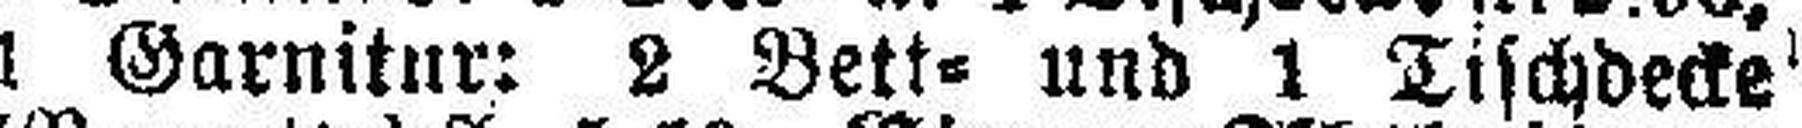
1 Garnitur: 2 Bett= und 1 Tischdecke